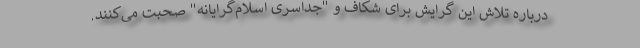
درباره تلاش این گرایش برای شکاف و "جداسری اسلام‌گرایانه" صحبت می‌کنند.